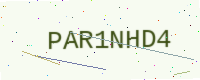
Text: PAR1NHD4